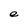
Character: e